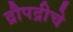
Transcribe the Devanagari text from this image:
द्रौपद्रीचे